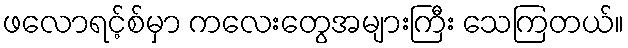
ဖလောရင့်စ်မှာ ကလေးတွေအများကြီး သေကြတယ်။